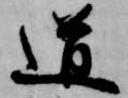
道